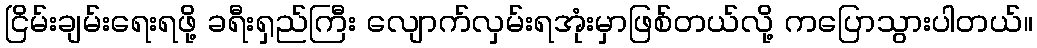
ငြိမ်းချမ်းရေးရဖို့ ခရီးရှည်ကြီး လျောက်လှမ်းရအုံးမှာဖြစ်တယ်လို့ ကပြောသွားပါတယ်။